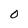
Character: O